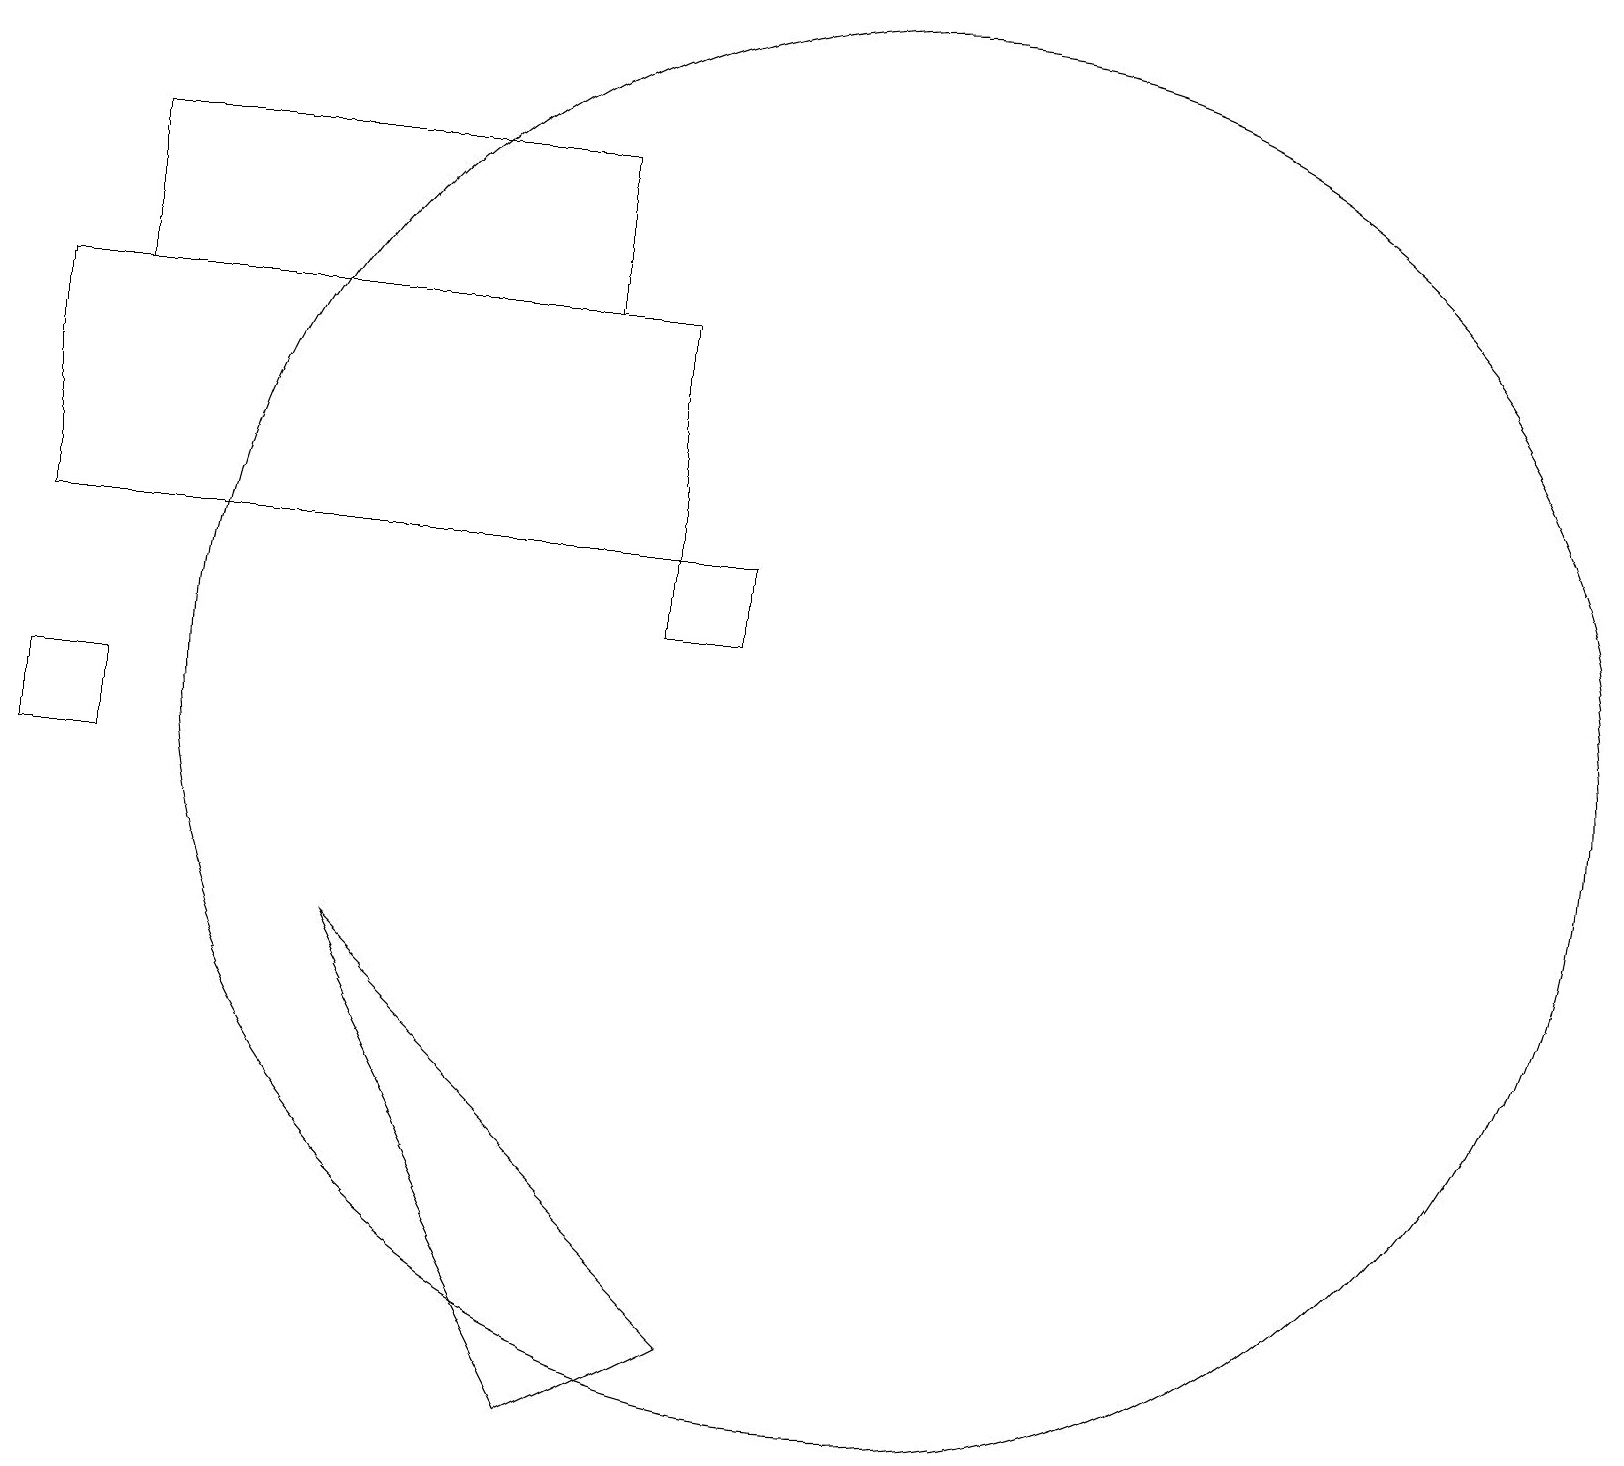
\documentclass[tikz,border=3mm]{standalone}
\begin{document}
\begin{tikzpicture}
\draw (8,13) rectangle (0,16);
\draw (1,11) rectangle (0,10);
\draw (11,11) circle (9);
\draw (8,13) rectangle (9,12);
\draw (7,2) -- (4,8) -- (9,3) -- cycle;
\draw (1,16) rectangle (7,18);
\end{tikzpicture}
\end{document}